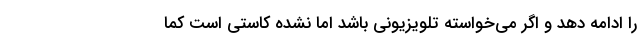
را ادامه دهد و اگر می‌خواسته تلویزیونی باشد اما نشده کاستی است کما